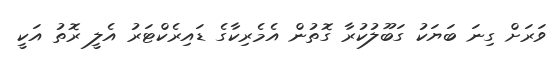
ވަރަށް ގިނަ ބަޔަކު ގަބޫލުކުރާ ގޮތުން އެމެރިކާގެ ޑައިރެކްޓަރު އެލީ ރޮތު އަކީ